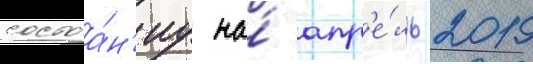
состоа́н'иу на́ апр'е́ль 2019